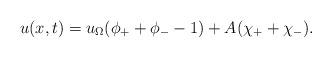
LaTeX: \begin{align*} u(x,t)=u_{\Omega}(\phi _+ + \phi_{-} -1) + A(\chi_{+}+\chi_{-}).\end{align*}